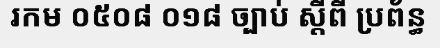
រកម ០៥០៨ ០១៨ ច្បាប់ ស្តីពី ប្រព័ន្ធ